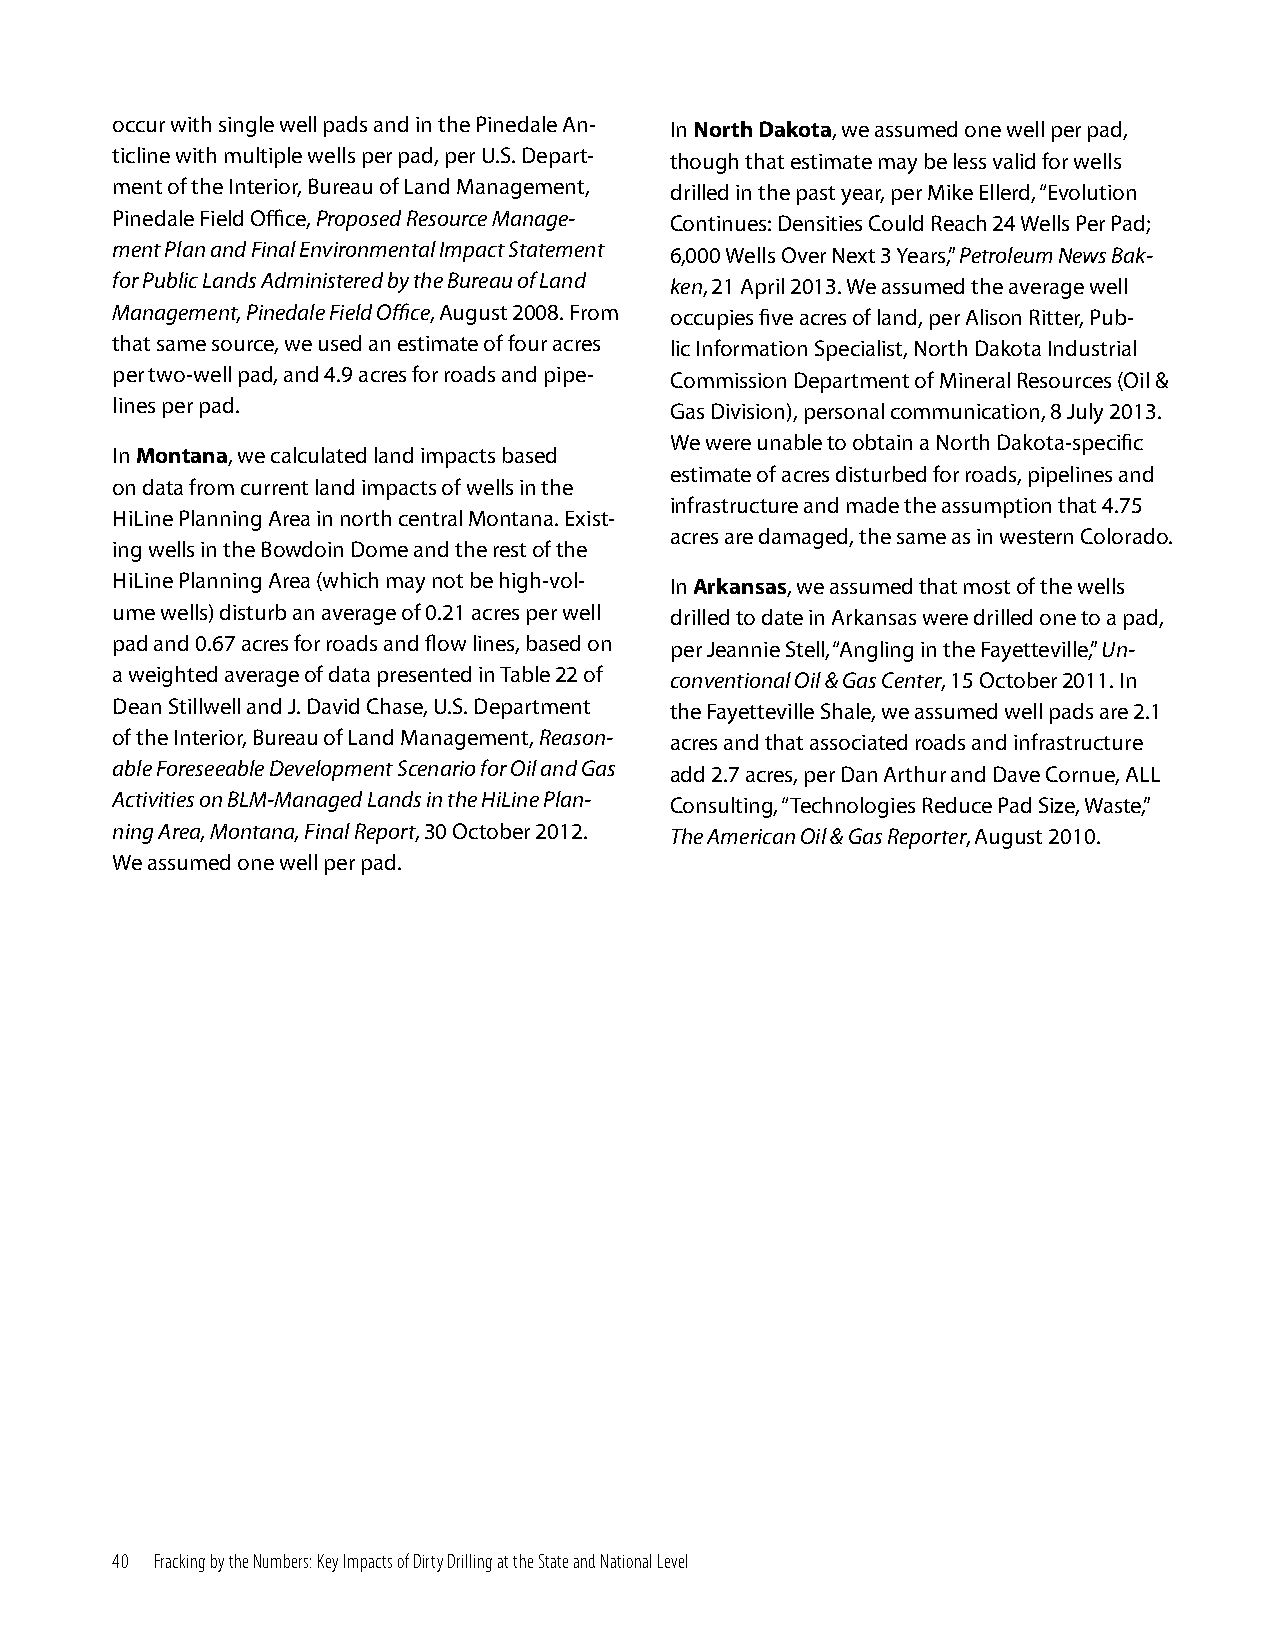
occur with single well pads and in the Pinedale An- In North Dakota, we assumed one well per pad,
 ticline with multiple wells per pad, per U.S. Depart- though that estimate may be less valid for wells
 ment of the Interior, Bureau of Land Management, drilled in the past year, per Mike Ellerd, “Evolution
 Pinedale Field Office, Proposed Resource Manage- Continues: Densities Could Reach 24 Wells Per Pad;
 ment Plan and Final Environmental Impact Statement 6,000 Wells Over Next 3 Years,” Petroleum News Bak-
 for Public Lands Administered by the Bureau of Land ken, 21 April 2013. We assumed the average well
 Management, Pinedale Field Office, August 2008. From occupies five acres of land, per Alison Ritter, Pub-
 that same source, we used an estimate of four acres lic Information Specialist, North Dakota Industrial
 per two-well pad, and 4.9 acres for roads and pipe- Commission Department of Mineral Resources (Oil &
 lines per pad.                       Gas Division), personal communication, 8 July 2013.
 We were unable to obtain a North Dakota-specific
 In Montana, we calculated land impacts based
 estimate of acres disturbed for roads, pipelines and
 on data from current land impacts of wells in the
 infrastructure and made the assumption that 4.75
 HiLine Planning Area in north central Montana. Exist-
 acres are damaged, the same as in western Colorado.
 ing wells in the Bowdoin Dome and the rest of the
 HiLine Planning Area (which may not be high-vol- In Arkansas, we assumed that most of the wells
 ume wells) disturb an average of 0.21 acres per well drilled to date in Arkansas were drilled one to a pad,
 pad and 0.67 acres for roads and flow lines, based on per Jeannie Stell, “Angling in the Fayetteville,” Un-
 a weighted average of data presented in Table 22 of conventional Oil & Gas Center, 15 October 2011. In
 Dean Stillwell and J. David Chase, U.S. Department the Fayetteville Shale, we assumed well pads are 2.1
 of the Interior, Bureau of Land Management, Reason- acres and that associated roads and infrastructure
 able Foreseeable Development Scenario for Oil and Gas add 2.7 acres, per Dan Arthur and Dave Cornue, ALL
 Activities on BLM-Managed Lands in the HiLine Plan- Consulting, “Technologies Reduce Pad Size, Waste,”
 ning Area, Montana, Final Report, 30 October 2012. The American Oil & Gas Reporter, August 2010.
 We assumed one well per pad.
 40 Fracking by the Numbers: Key Impacts of Dirty Drilling at the State and National Level